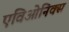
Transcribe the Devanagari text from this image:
एविओनिक्स